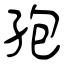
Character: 孢